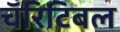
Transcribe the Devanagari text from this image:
चॅरिटिबल